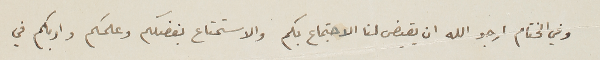
وفي الختام ارجو الله ان يقيض لنا الاجتماع بكم والاستمتاع بفضلكم وعلمكم وادبكم في